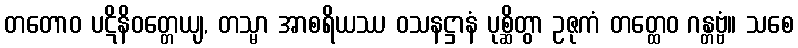
တတောဝ ပဋိနိဝတ္တေယျ, တသ္မာ အာစရိယဿ ဝသနဋ္ဌာနံ ပုစ္ဆိတွာ ဥဇုကံ တတ္ထေဝ ဂန္တဗ္ဗံ။ သစေ